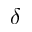
\delta